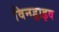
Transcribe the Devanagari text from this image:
विनड्राइव